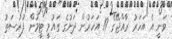
ވަނީ އެ އަހަރު ރާއްޖޭގެ 19 އަހަރުން ދަށުގެ ގައުމީ ޓީމުން ފުރުސަތު